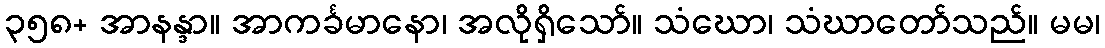
၃၅၈+ အာနန္ဒာ။ အာကင်္ခမာနော၊ အလိုရှိသော်။ သံဃော၊ သံဃာတော်သည်။ မမ၊